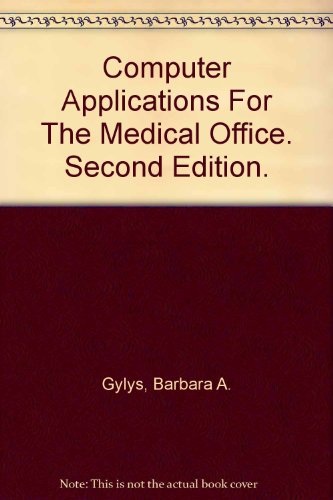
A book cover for Computer Applications For The Medical Office. Second Edition.; Barbara A. Gylys; Medical Books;